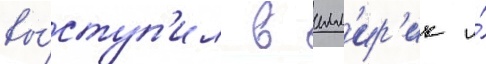
вы́ступ'ил в илл'ир'ик и́